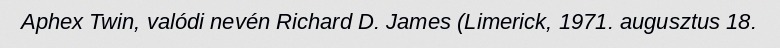
Aphex Twin, valódi nevén Richard D. James (Limerick, 1971. augusztus 18.